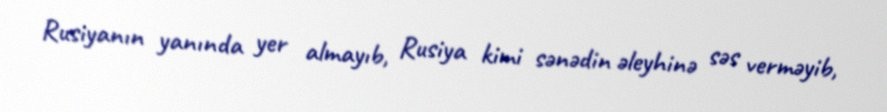
Rusiyanın yanında yer almayıb, Rusiya kimi sənədin əleyhinə səs verməyib,